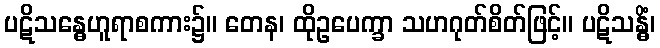
ပဋိသန္ဓေဟူရာစကား၌။ တေန၊ ထိုဥပေက္ခာ သဟဂုတ်စိတ်ဖြင့်။ ပဋိသန္ဓိံ၊